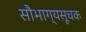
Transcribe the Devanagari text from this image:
सौभाग्यसूचक